Indian journal of veterinary science and animal husbandry - Volume 14,
Year: 1944
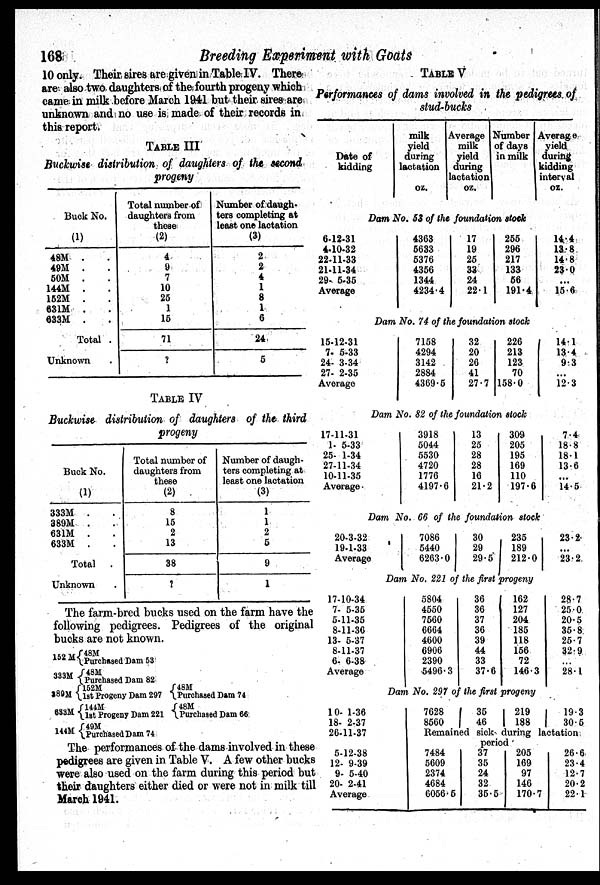
168
Breeding Experiment with Goats
10 only. Their sires are given in Table IV. There
are also two daughters of the fourth progeny which
came in milk before March 1941 but their sires are
unknown and no use is made of their records in
this report.
TABLE III
Buckwise distribution of daughters of the second
progeny
Buck No.
(1)
48M . .
49M . .
50M . .
144M . .
152M . .
631M . .
633M . .
Total .
Unknown .
Total number of
daughters from
these
(2)
4
9
7
10
25
1
15
71
?
Number of daugh-
ters completing at
least one lactation
(3)
2
2
4
1
8
1
6
24
5
TABLE IV
Buckwise distribution of daughters of the third
progeny
Buck No.
(1)
333M . .
389M . .
631M . .
633M . .
Total .
Unknown
Total number of
daughters from
these
(2)
8
15
2
13
38
?
Number of daugh-
ters completing at
least one lactation
(3)
1
1
2
5
9
1
The farm-bred bucks used on the farm have the
following pedigrees. Pedigrees of the original
bucks are not known.
152 M
333M
389M
633M
144M
48M
Purchased Dam 53
48M
Purchased Dam 82
152M
1st Progeny Dam 297
144M
1st Progeny Dam 221
49M
Purchased Dam 74
48M
Purchased Dam 74
48M
Purchased Dam 66
The performances of the dams involved in these
pedigrees are given in Table V. A few other bucks
were also used on the farm during this period but
their daughters either died or were not in milk till
March 1941.
TABLE V
Performances of dams involved in the pedigrees of
stud-bucks
Date of
kidding
milk
yield
during
lactation
oz.
Average
milk
yield
during
lactation
oz.
Number
of days
in milk
Dam No. 53 of the foundation stock
6-12-31
4-10-32
22-11-33
21-11-34
29- 5-35
Average
4363
5633
5376
4356
1344
4234.4
17
19
25
33
24
22.1
255
296
217
133
56
191.4
Dam No. 74 of the foundation stock
15-12-31
7-5-33
24- 3-34
27- 2-35
Average
7158
4294
3142
2884
4369.5
32
20
26
41
27.7
226
213
123
70
158.0
Dam No. 82 of the foundation stock
17-11-31
1- 5-33
25- 1-34
27-11-34
10-11-35
Average.
3918
5044
5530
4720
1776
4197.6
13
25
28
28
16
21.2
309
205
195
169
110
197.6
Dam No. 66 of the foundation stock
20-3-32
19-1-33
Average
7086
5440
6263.0
30
29
29.5
235
189
212.0
Dam No. 221 of the first progeny
17-10-34
7- 5-35
5-11-35
8-11-36
13- 5-37
8-11-37
6-6-38
Average
5804
4550
7560
6664
4600
6906
2390
5496.3
36
36
37
36
39
44
33
37.6
162
127
204
185
118
156
72
146.3
Dam No. 297 of the first progeny
10-1-36
18-2-37
26-11-37
5-12-38
12-9-39
9- 5-40
20-2-41
Average
7628
8560
35
46
219
188
Average
yield
during
kidding
interval
oz.
14.4
13.8
14.8
23.0
. . .
15.6
14.1
13.4
9.3
...
12.3
7.4
18.8
18.1
13.6
...
14.5
23.2
...
23.2
28.7
25.0
20.5
35.8
25.7
32.9
...
28.1
19.3
30.5
Remained sick during lactation
period
7484
5609
2374
4684
6056.5
37
35
24
32
35.5
205
169
97
146
170.7
26.6
23.4
12.7
20.2
22.1